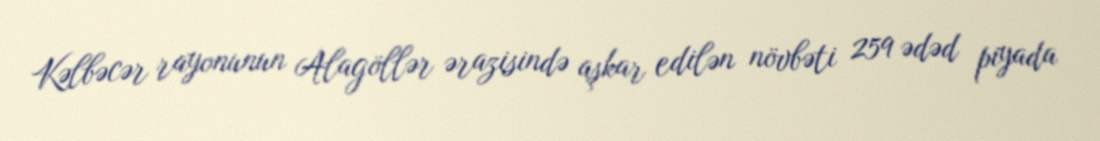
Kəlbəcər rayonunun Alagöllər ərazisində aşkar edilən növbəti 259 ədəd piyada